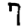
Digit: 7